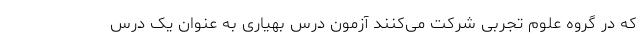
که در گروه علوم تجربی شرکت می‌کنند آزمون درس بهیاری به عنوان یک درس